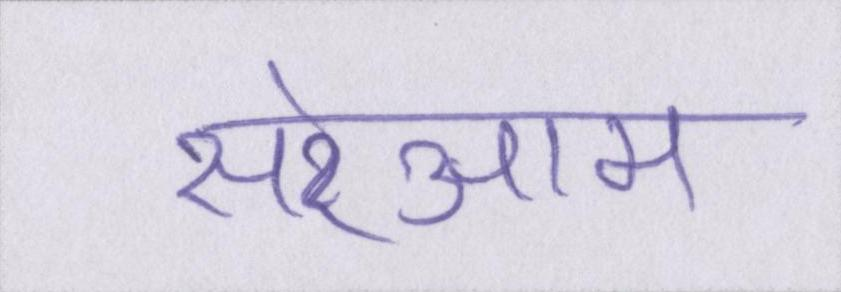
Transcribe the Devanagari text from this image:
सरेआम